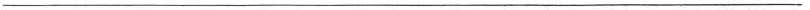
___